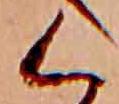
く